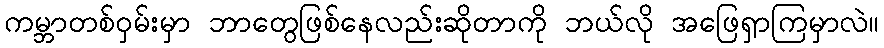
ကမ္ဘာတစ်ဝှမ်းမှာ ဘာတွေဖြစ်နေလည်းဆိုတာကို ဘယ်လို အဖြေရှာကြမှာလဲ။